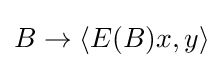
B\rightarrow \langle E(B)x,y\rangle